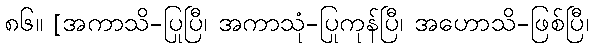
၈၆။ [အကာသိ-ပြုပြီ၊ အကာသုံ-ပြုကုန်ပြီ၊ အဟောသိ-ဖြစ်ပြီ၊